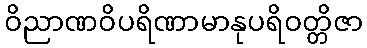
ဝိညာဏဝိပရိဏာမာနုပရိဝတ္တိဇာ